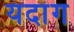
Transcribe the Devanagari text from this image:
यंदांग